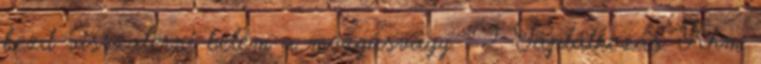
kezd visszatérni belém a mozgásvágy. : 2. Táplálkozás. Khm.